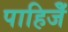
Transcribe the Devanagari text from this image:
पाहिजेँ